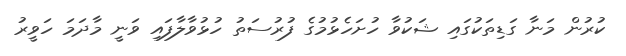
ކުރުން މަނާ ގަޑިތަކުގައި ޝަކުވާ ހުށަހެޅުމުގެ ފުރުސަތު ހުޅުވާލާފައި ވަނީ މާދަމަ ހަވީރު